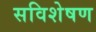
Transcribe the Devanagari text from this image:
सविशेषण